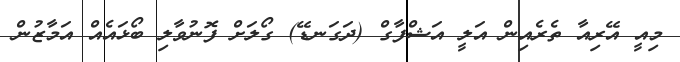
މިއީ އޭރިއާ ތެރެއިން އަލީ އަޝްފާގް (ދަގަނޑޭ) ގޯލަށް ފޮނުވާލި ބޯޅައެއް އަމާޒުން